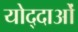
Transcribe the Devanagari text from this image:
योद्दाओं